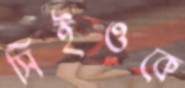
সিইওকে